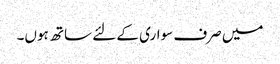
میں صرف سواری کے لئے ساتھ ہوں۔